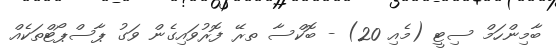
ބާމިންހަމް ސިޓީ (މެއި 20) - ބޮކްސާ ތރޭ ފޮރުވައިގެން ވަގު ޕާސްޕޯޓްތަކެއް